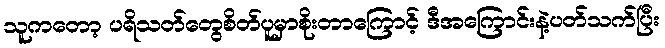
သူကတော့ ပရိသတ်တွေစိတ်ပူမှာစိုးတာကြောင့် ဒီအကြောင်းနဲ့ပတ်သက်ပြီး